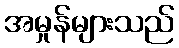
အမှုန်များသည်